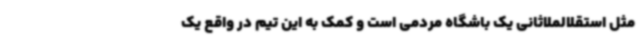
مثل استقلالملاثانی یک باشگاه مردمی است و کمک به این تیم در واقع یک